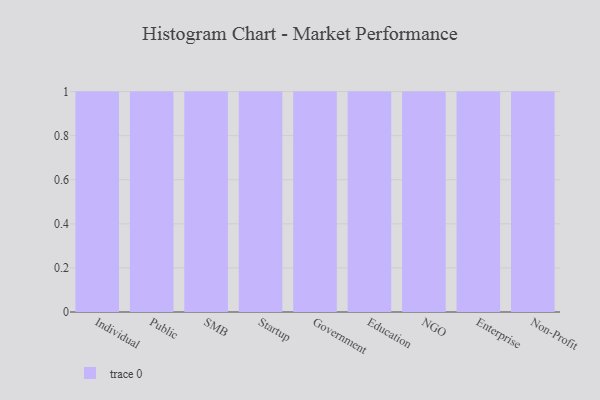
{"axis": {"x": "Segment", "y": "Production Output"}, "legend": [""], "data": [{"x": "Individual", "y": 66, "type": ""}, {"x": "Public", "y": 43, "type": ""}, {"x": "SMB", "y": 47, "type": ""}, {"x": "Startup", "y": 55, "type": ""}, {"x": "Government", "y": 30, "type": ""}, {"x": "Education", "y": 96, "type": ""}, {"x": "NGO", "y": 11, "type": ""}, {"x": "Enterprise", "y": 59, "type": ""}, {"x": "Non-Profit", "y": 79, "type": ""}]}